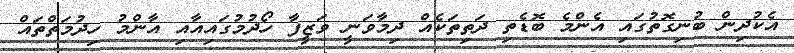
އެކުދިން ބުނިގޮތުގައި އެންމެ ބޮޑެތި ދަތިތަކެއް ދިމާވަނީ ވަޒީފާ ހޯދުމުގައިއާއި އާންމު ހިދުމަތްތައް